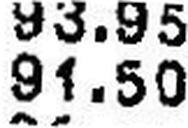
91.50